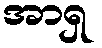
အာရှ